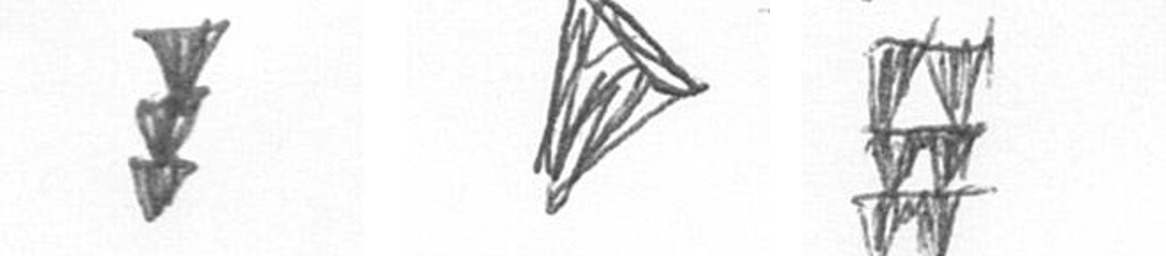
E O Y